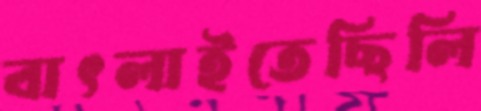
বাৎলাইতেছিলি